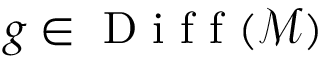
g \in \mathrm { ~ D ~ i ~ f ~ f ~ } ( \mathcal { M } )